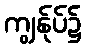
ကျွန်ုပ်၌